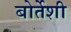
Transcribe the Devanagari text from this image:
बोर्तेशी